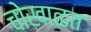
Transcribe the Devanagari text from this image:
चोखाळत